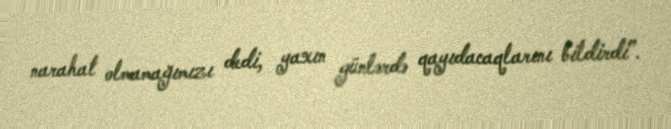
narahat olmamağımızı dedi, yaxın günlərdə qayıdacaqlarını bildirdi”.